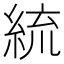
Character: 𦀠